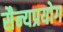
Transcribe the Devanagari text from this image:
सैन्यप्रयोग